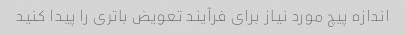
اندازه پیچ مورد نیاز برای فرآیند تعویض باتری را پیدا کنید